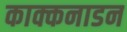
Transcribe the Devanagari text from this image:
काक्कनाडन